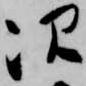
次